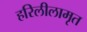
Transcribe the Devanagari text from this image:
हरिलीलामृत